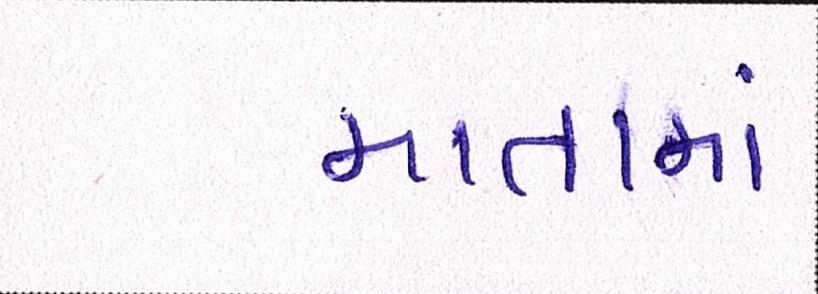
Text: માતામાં